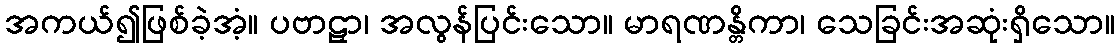
အကယ်၍ဖြစ်ခဲ့အံ့။ ပဗာဠှာ၊ အလွန်ပြင်းသော။ မာရဏန္တိကာ၊ သေခြင်းအဆုံးရှိသော။